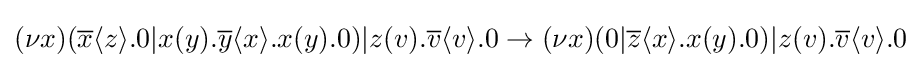
(\nu x)({\overline {x}}\langle z\rangle .0|x(y).{\overline {y}}\langle x\rangle .x(y).0)|z(v).{\overline {v}}\langle v\rangle .0\rightarrow (\nu x)(0|{\overline {z}}\langle x\rangle .x(y).0)|z(v).{\overline {v}}\langle v\rangle .0